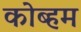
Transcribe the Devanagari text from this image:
कोब्हम